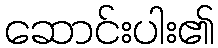
ဆောင်းပါး၏